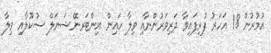
އުމުރުން 18 އަހަރު ފުރިފައިވާ ދަރިވަރުންނާއި ވިލާ ހައިން އިންޓަރނޭޝަނަލް ސުކޫލާއި ވިލާ